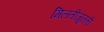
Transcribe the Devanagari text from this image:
मिलतीजुलती